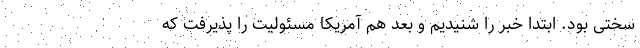
سختی بود. ابتدا خبر را شنیدیم و بعد هم آمریکا مسئولیت را پذیرفت که